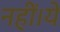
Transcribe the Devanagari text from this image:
नहीं।ये